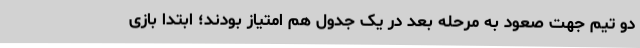
دو تیم جهت صعود به مرحله بعد در یک جدول هم امتیاز بودند؛ ابتدا بازی